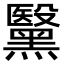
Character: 黳